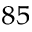
^ { 8 5 }